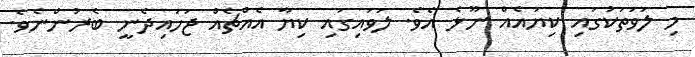
މި ލަވަތަކުގައި ކިޔައެއް ނޫޅެ އެވެ. ލަވައިގައި ކިޔާ އެއްޗެއް ޖަހައިދެނީ ބެރުންނެވެ.